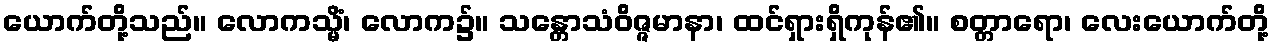
ယောက်တို့သည်။ လောကသ္မိံ၊ လောက၌။ သန္တောသံဝိဇ္ဇမာနာ၊ ထင်ရှားရှိကုန်၏။ စတ္တာရော၊ လေးယောက်တို့